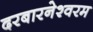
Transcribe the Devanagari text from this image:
दरबारनेश्वरम